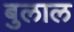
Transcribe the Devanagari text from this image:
बुलाल